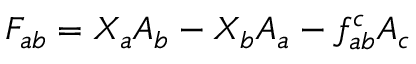
F _ { a b } = X _ { a } A _ { b } - X _ { b } A _ { a } - f _ { a b } ^ { c } A _ { c }